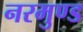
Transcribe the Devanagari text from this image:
नरमुण्ड